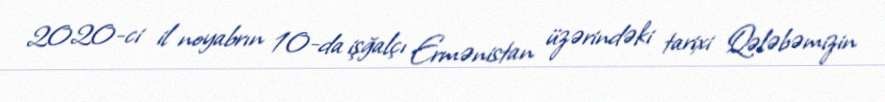
2020-ci il noyabrın 10-da işğalçı Ermənistan üzərindəki tarixi Qələbəmizin